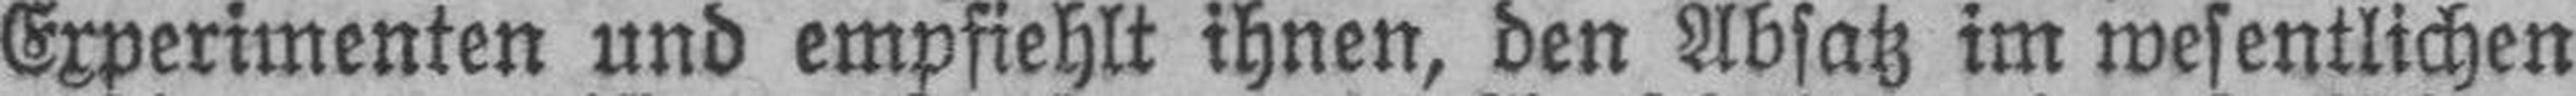
Experimenten und empfiehlt ihnen, den Absatz im wesentlichen